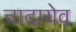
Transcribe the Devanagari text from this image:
चादायेव